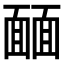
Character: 𩈳